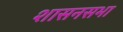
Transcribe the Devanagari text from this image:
शासनसभा